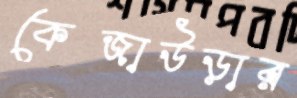
কেজাউড়ার